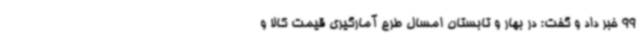
99 خبر داد و گفت: در بهار و تابستان امسال طرح آمارگیری قیمت کالا و